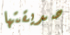
صديقتها